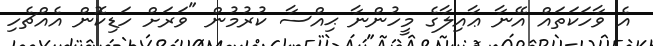
އެ ވާހަކަތައް އޭނާ ޢާއިލާގެ މީހުންނާ ޙިއްސާ ކުރުމުން "ވަރަށް ހަޑިކޮން އެއްޗެހި